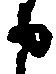
申